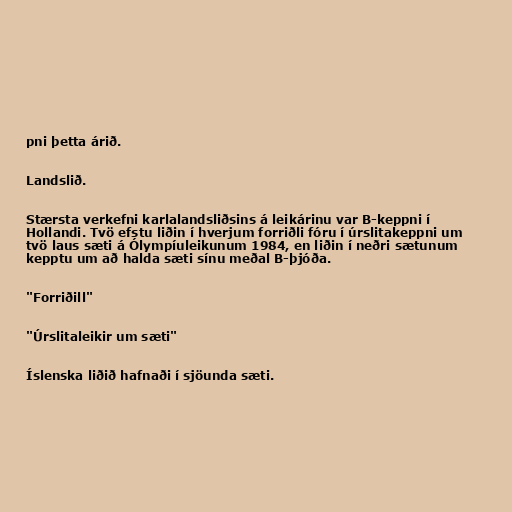
pni þetta árið.

Landslið.

Stærsta verkefni karlalandsliðsins á leikárinu var B-keppni í
Hollandi. Tvö efstu liðin í hverjum forriðli fóru í úrslitakeppni um
tvö laus sæti á Ólympíuleikunum 1984, en liðin í neðri sætunum
kepptu um að halda sæti sínu meðal B-þjóða.

"Forriðill"

"Úrslitaleikir um sæti"

Íslenska liðið hafnaði í sjöunda sæti.